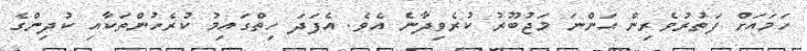
ހަމައަށް ފަތުރުވެރިން އަންނަ މަޖުބޫރު ކުރެވިދާނެ އެވެ. އެފަދަ ހިތްގައިމު ކުރެހުންތަކާއި ކުދިންގެ